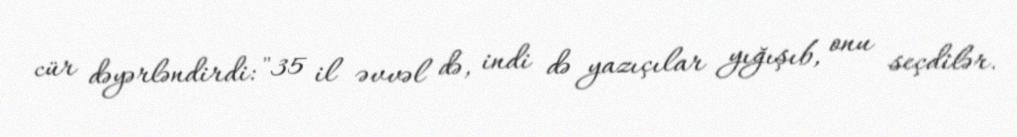
cür dəyərləndirdi: "35 il əvvəl də, indi də yazıçılar yığışıb, onu seçdilər.